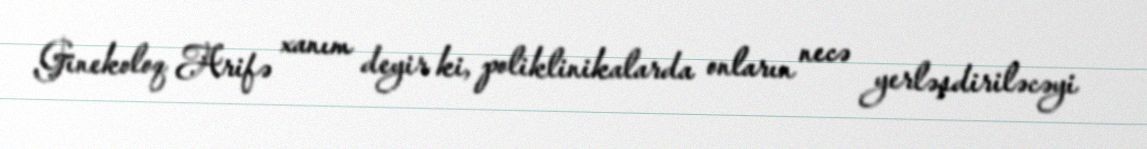
Ginekoloq Arifə xanım deyir ki, poliklinikalarda onların necə yerləşdiriləcəyi